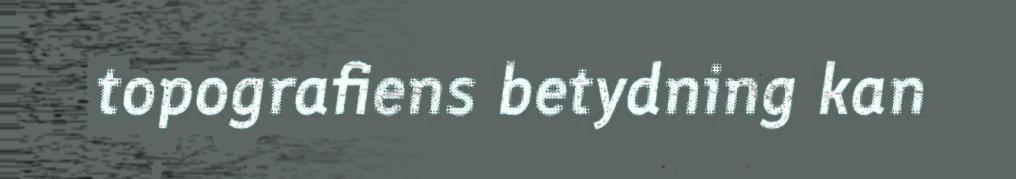
topografiens betydning kan